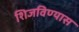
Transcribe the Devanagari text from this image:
शिजविण्यास